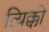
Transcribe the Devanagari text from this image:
त्यिक्को